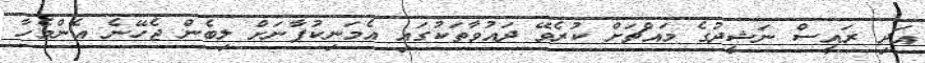
އަދި ރައީސް ނަޝީދުގެ މައްޗަށް ކުރެވޭ ދައުވާތަކުގައި އެމަނިކުފާނަށް ލިބެން ޖެހޭނެ އެންމެހާ